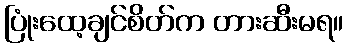
ပြုံးထေ့ချင်စိတ်က တားဆီးမရ။